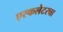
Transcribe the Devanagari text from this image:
एस्कलेटरचा